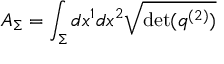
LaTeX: A _ { \Sigma } = \int _ { \Sigma } d x ^ { 1 } d x ^ { 2 } { \sqrt { \operatorname* { d e t } ( q ^ { ( 2 ) } ) } }